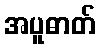
အပူဓာတ်